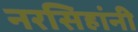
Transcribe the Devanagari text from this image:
नरसिहांनी